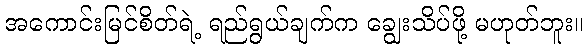
အကောင်းမြင်စိတ်ရဲ့ ရည်ရွယ်ချက်က ချွေးသိပ်ဖို့ မဟုတ်ဘူး။